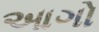
આગો